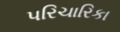
પરિચારિકા